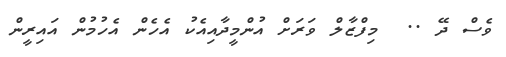
ވެސް ދޭ ..  މިފްޒާލް ވަރަށް އުންމީދާއިއެކު އެހެން އެހުމުން އައިރީން